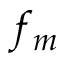
f _ { m }